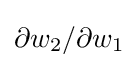
\partial w_{2}/\partial w_{1}